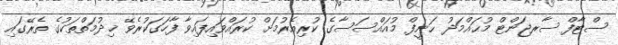
ސްޓާފް ސާރޖަންޓް މުޙައްމަދު ޙަނީފް މުއައްސަސާގެ ކުރިއެރުމަށް ކުރައްވައިފައިވާ ފާހަގަކުރެވޭ ޚިދުމަތްތަކުގެ ތެރޭގައި